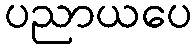
ပညာယပေ